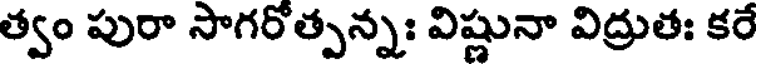
త్వం పురా సాగరోత్పన్నః విష్ణునా విద్రుతః కరే